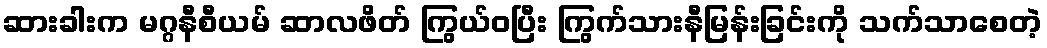
ဆားခါးက မဂ္ဂနီစီယမ် ဆာလဖိတ် ကြွယ်ဝပြီး ကြွက်သားနီမြန်းခြင်းကို သက်သာစေတဲ့